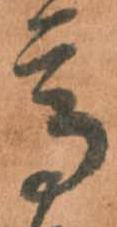
高